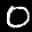
Label: 0